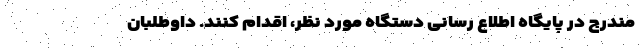
مندرج در پایگاه اطلاع رسانی دستگاه مورد نظر، اقدام کنند. داوطلبان